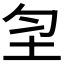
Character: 𡉲